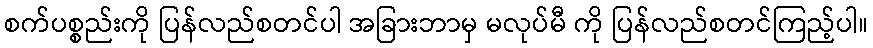
စက်ပစ္စည်းကို ပြန်လည်စတင်ပါ အခြားဘာမှ မလုပ်မီ ကို ပြန်လည်စတင်ကြည့်ပါ။